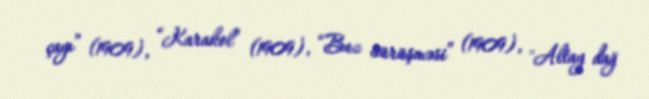
çayı” (1909), “Karakol” (1909), “Buz sürüşməsi” (1909), "Altay dağ